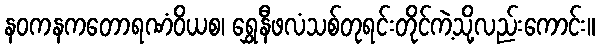
နဝကနကတောရဏံဝိယစ၊ ရွှေနီဖလံသစ်တုရင်းတိုင်ကဲ့သို့လည်းကောင်း။